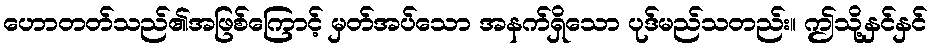
ဟောတတ်သည်၏အဖြစ်ကြောင့် မှတ်အပ်သော အနက်ရှိသော ပုဒ်မည်သတည်း။ ဤသို့နှင်နှင်